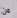
من